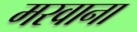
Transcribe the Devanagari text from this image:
मरवाना